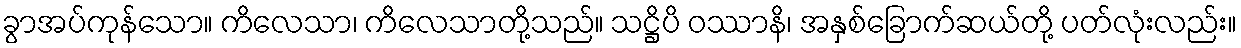
ခွာအပ်ကုန်သော။ ကိလေသာ၊ ကိလေသာတို့သည်။ သဋ္ဌိပိ ဝဿာနိ၊ အနှစ်ခြောက်ဆယ်တို့ ပတ်လုံးလည်း။